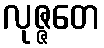
လုဇ္ဇတေ